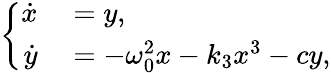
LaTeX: \left\{ \begin{array}{rl}{\dot{x}}&{{}=y,}\\ {\dot{y}}&{{}=-\omega_{0}^{2}x-k_{3}x^{3}-cy,}\end{array}\right.